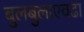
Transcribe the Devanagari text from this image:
बुलबुलाएवढा